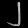
Digit: ၂